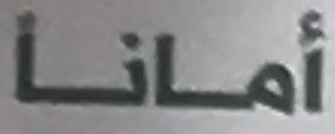
أمانا